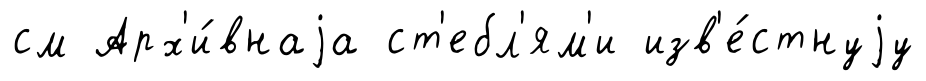
см Арх'и́внаjа ст'ебл'ям'и изв'е́стнуjу